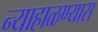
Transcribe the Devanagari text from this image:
न्याहाळण्यास